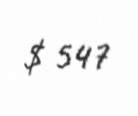
$ 547